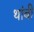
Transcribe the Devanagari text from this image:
थांबी